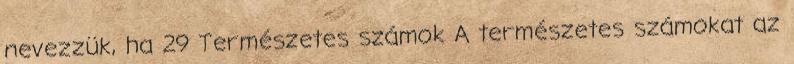
nevezzük, ha 29 Természetes számok A természetes számokat az